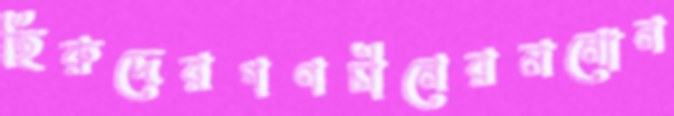
হিরুদেরগণচীনেরমনোন